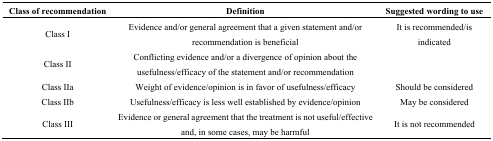
| Class of recommendation | Definition | Suggested wording to use |
 | --- | --- | --- |
 | Class I | Evidence and/or general agreement that a given statement and/or recommendation is beneficial | It is recommended/is indicated |
 | Class II | Conflicting evidence and/or a divergence of opinion about the usefulness/efficacy of the statement and/or recommendation |  |
 | Class IIa | Weight of evidence/opinion is in favor of usefulness/efficacy | Should be considered |
 | Class IIb | Usefulness/efficacy is less well established by evidence/opinion | May be considered |
 | Class III | Evidence or general agreement that the treatment is not useful/effective and, in some cases, may be harmful | It is not recommended |